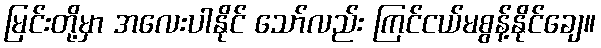
မြင်းတို့မှာ အလေးပါနိုင် သော်လည်း ကြင်ငယ်မစွန့်နိုင်ချေ။